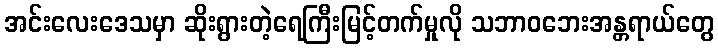
အင်းလေးဒေသမှာ ဆိုးရွားတဲ့ရေကြီးမြင့်တက်မှုလို သဘာဝဘေးအန္တရာယ်တွေ